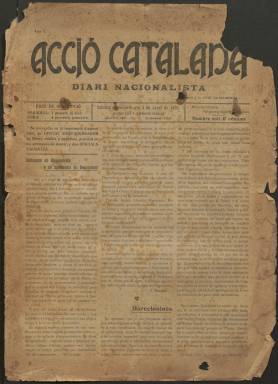
Título: Acció catalana
Colección: Periódicos
Ámbito geográfico: Barcelona
Lugar de publicación: Sabadell [Barcelona]
Fechas: 04/01/1907-25/07/1909